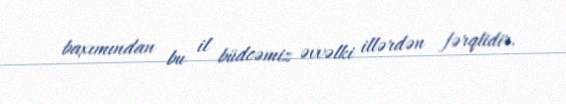
baxımından bu il büdcəmiz əvvəlki illərdən fərqlidir.